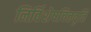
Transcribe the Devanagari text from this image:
निर्विशेषचित्तवृत्ति